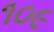
૧૦૯